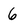
Character: 6